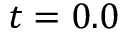
t = 0 . 0